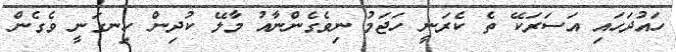
ހައުދަހައި އަސަރަކޭ ތެ ކެރަނީ ހަޖަމު ނިވެގެންނާއު މާލޭ ކުދިން ހިނގަނީ ވެގެން